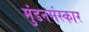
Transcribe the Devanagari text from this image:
मुंडनसंस्कार